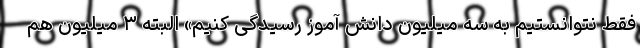
فقط نتوانستیم به سه میلیون دانش آموز رسیدگی کنیم» البته ۳ میلیون هم